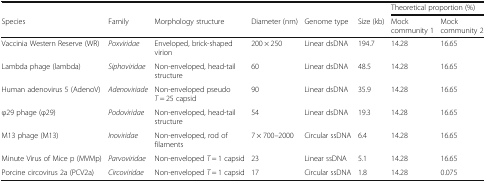
|  |  |  |  |  |  | <COLSPAN=2> Theoretical proportion (%) |
 | Species | Family | Morphology structure | Diameter (nm) | Genome type | Size (kb) | Mock community 1 | Mock community 2 |
 | --- | --- | --- | --- | --- | --- | --- | --- |
 | Vaccinia Western Reserve (WR) | Poxviridae | Enveloped, brick-shaped virion | 200 × 250 | Linear dsDNA | 194.7 | 14.28 | 16.65 |
 | Lambda phage (lambda) | Siphoviridae | Non-enveloped, head-tail structure | 60 | Linear dsDNA | 48.5 | 14.28 | 16.65 |
 | Human adenovirus 5 (AdenoV) | Adenoviriade | Non-enveloped pseudo T = 25 capsid | 90 | Linear dsDNA | 35.9 | 14.28 | 16.65 |
 | φ29 phage (φ29) | Podoviridae | Non-enveloped, head-tail structure | 54 | Linear dsDNA | 19.3 | 14.28 | 16.65 |
 | M13 phage (M13) | Inoviridae | Non-enveloped, rod of filaments | 7 × 700–2000 | Circular ssDNA | 6.4 | 14.28 | 16.65 |
 | Minute Virus of Mice p (MVMp) | Parvoviridae | Non-enveloped T = 1 capsid | 23 | Linear ssDNA | 5.1 | 14.28 | 16.65 |
 | Porcine circovirus 2a (PCV2a) | Circoviridae | Non-enveloped T = 1 capsid | 17 | Circular ssDNA | 1.8 | 14.28 | 0.075 |